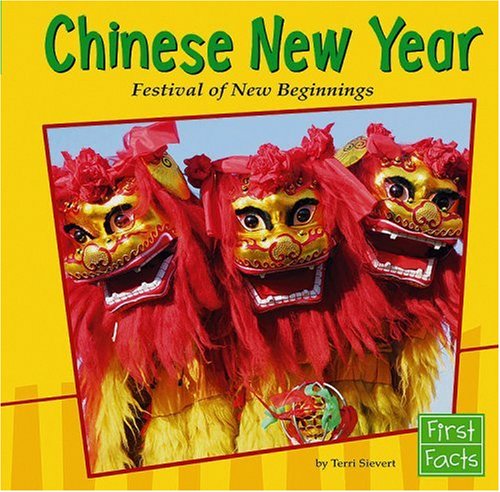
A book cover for Chinese New Year: Festival of New Beginnings (Holidays and Culture); Terri Sievert; Children's Books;